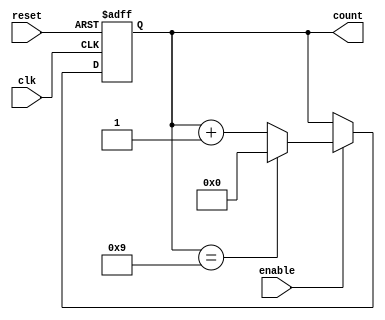
module modulus_counter #(
    parameter N = 10 // Modulus value (N)
) (
    input wire clk,        // Clock input
    input wire reset,      // Asynchronous reset input
    input wire enable,     // Enable input
    output reg [$clog2(N)-1:0] count // Counter output
);

    // Always block for counter logic
    always @(posedge clk or posedge reset) begin
        if (reset) begin
            count <= 0; // Reset the counter to 0
        end else if (enable) begin
            if (count == N-1) begin
                count <= 0; // Reset to 0 when reaching modulus
            end else begin
                count <= count + 1; // Increment the counter
            end
        end
    end

endmodule